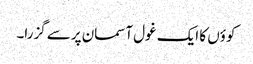
کوؤں کا ایک غول آسمان پرسے گزرا۔